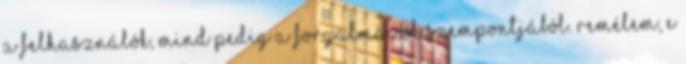
a felhasználók, mind pedig a forgalmazók szempontjából. Remélem, e